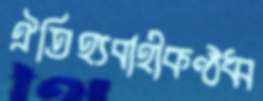
ঐতিহ্যবাহীকণ্ঠধ্ব